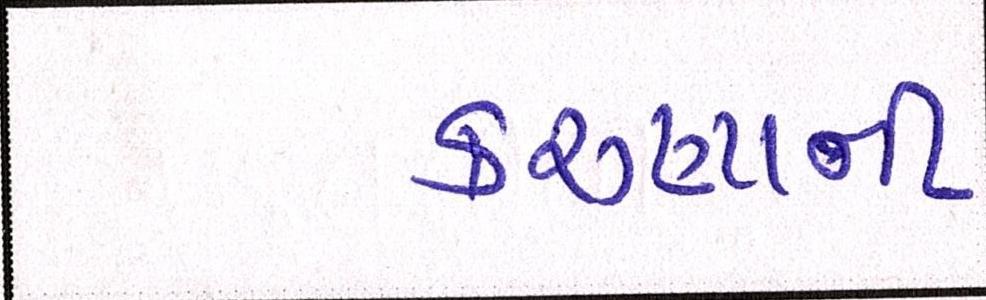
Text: કરુણાની